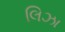
લિઝા